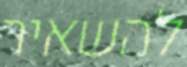
להשאיר